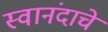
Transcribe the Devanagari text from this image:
स्वानंदाचे